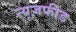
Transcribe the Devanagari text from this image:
न्यूज़फीड